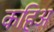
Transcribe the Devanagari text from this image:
कहिअ